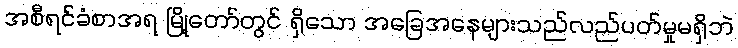
အစီရင်ခံစာအရ မြို့တော်တွင် ရှိသော အခြေအနေများသည်လည်ပတ်မှုမရှိဘဲ